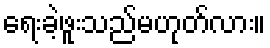
ရေးခဲ့ဖူးသည်မဟုတ်လား။